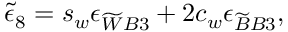
\widetilde { \epsilon } _ { 8 } = s _ { w } \epsilon _ { \widetilde { W } B 3 } + 2 c _ { w } \epsilon _ { \widetilde { B } B 3 } ,